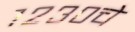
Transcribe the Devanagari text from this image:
१२३०चे